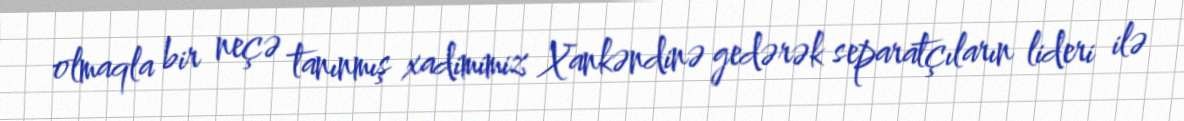
olmaqla bir neçə tanınmış xadimimiz Xankəndinə gedərək separatçıların lideri ilə